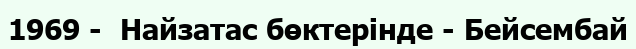
1969 -  Найзатас бөктерінде - Бейсембай